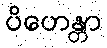
ပိဟေန္တာ